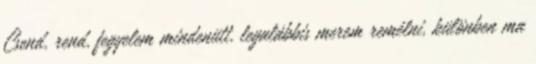
Csend, rend, fegyelem mindenütt, legalábbis merem remélni, különben ma